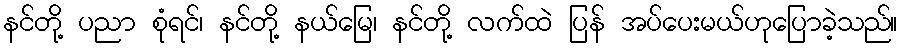
နင်တို့ ပညာ စုံရင်၊ နင်တို့ နယ်မြေ၊ နင်တို့ လက်ထဲ ပြန် အပ်ပေးမယ်ဟုပြောခဲ့သည်။